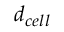
d _ { c e l l }